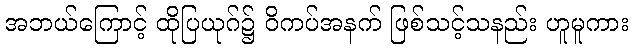
အဘယ်ကြောင့် ထိုပြယုဂ်၌ ဝိကပ်အနက် ဖြစ်သင့်သနည်း ဟူမူကား